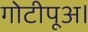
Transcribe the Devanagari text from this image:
गोटीपूअ।